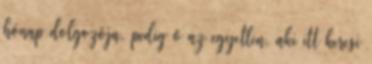
hónap dolgozója, pedig ő az egyetlen, aki itt keresi